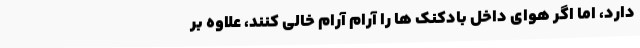
دارد، اما اگر هوای داخل بادکنک ها را آرام آرام خالی کنند، علاوه بر